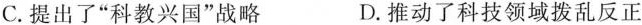
C.提出了”科教兴国”战略 D.推动了科技领域拨乱反正